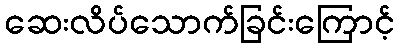
ဆေးလိပ်သောက်ခြင်းကြောင့်